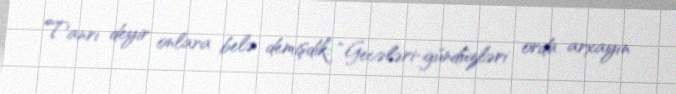
Tanrı deyir onlara belə demişdik: “Gecələri-gündüzləri orda arxayın